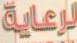
لرعاية